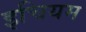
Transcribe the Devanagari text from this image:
इचियम